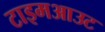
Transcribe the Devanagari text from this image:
टाइमआउट